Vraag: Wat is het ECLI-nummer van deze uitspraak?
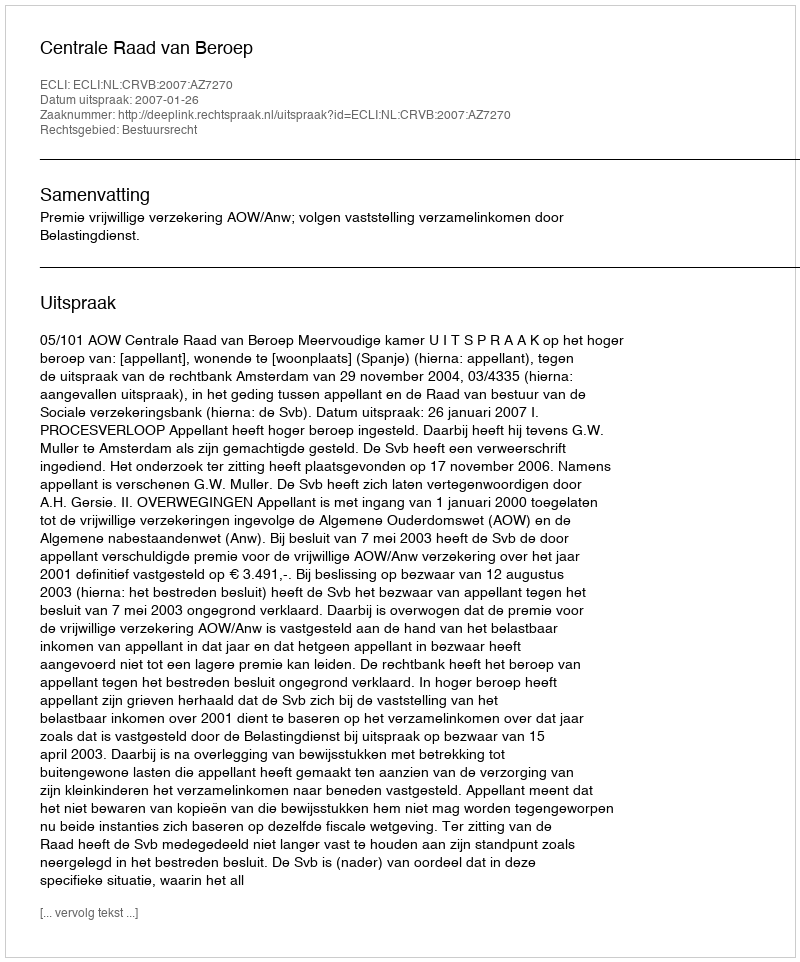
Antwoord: ECLI:NL:CRVB:2007:AZ7270